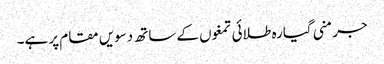
جرمنی گیارہ طلائی تمغوں کے ساتھ دسویں مقام پر ہے۔